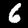
Label: 6